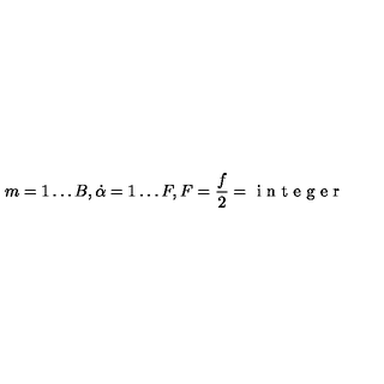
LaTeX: m = 1 \ldots B , \dot { \alpha } = 1 \ldots F , F = \frac { f } { 2 } = \textup { i n t e g e r }